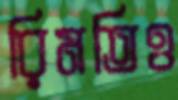
রিমতিও